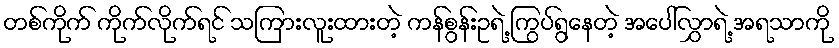
တစ်ကိုက် ကိုက်လိုက်ရင် သကြားလူးထားတဲ့ ကန်စွန်းဥရဲ့ ကြွပ်ရွနေတဲ့ အပေါ်လွှာရဲ့ အရသာကို